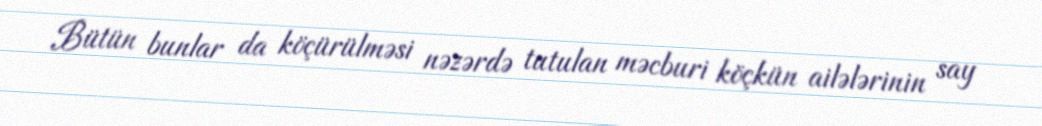
Bütün bunlar da köçürülməsi nəzərdə tutulan məcburi köçkün ailələrinin say